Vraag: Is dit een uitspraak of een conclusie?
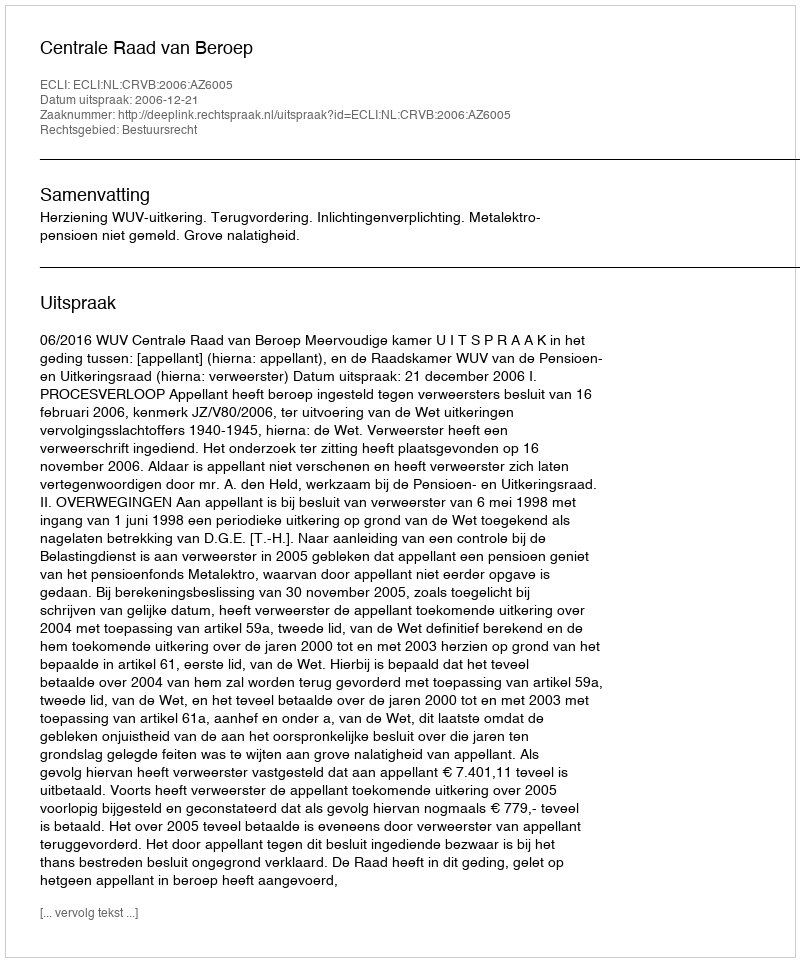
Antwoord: Uitspraak